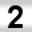
Digit: 2